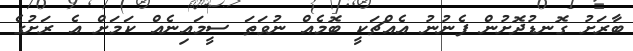
ބާރަށު ގޮނޑުދޮށުން ފެނުނު އެއްޗަކީ ބޮމެއް ނުވަތަ ސީމައިނެއް ކަމަށް އެ ރަށުގެ